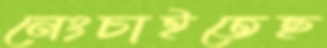
নেংচাইতেছ